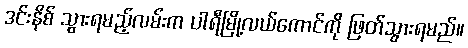
ဒင်းနိစ် သွားရမည့်လမ်းက ပါရီမြို့လယ်ကောင်ကို ဖြတ်သွားရမည်။